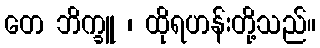
တေ ဘိက္ခူ ၊ ထိုရဟန်းတို့သည်။